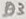
Text: D3